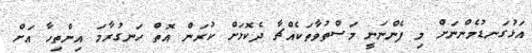
އަޅުގަނޑުމެންނަށް މި ފެންނަނީ މަސްތުވާތަކެއްޗާ ދެކޮޅަށް ކުރަން އޮތް ހަނގުރާމަ އިންތިހާ އަށް